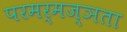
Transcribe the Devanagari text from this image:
परमर्मज्ञता